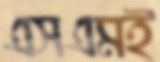
এসএমই